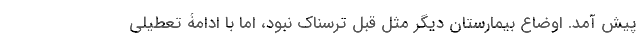
پیش آمد. اوضاع بیمارستان دیگر مثل قبل ترسناک نبود، اما با ادامۀ تعطیلی